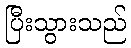
ပြီးသွားသည်